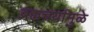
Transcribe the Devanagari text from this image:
ब्रह्मचर्यामुळे